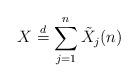
LaTeX: \begin{align*} X \stackrel{d}{=} \sum_{j=1}^n {\tilde X}_j(n) \end{align*}